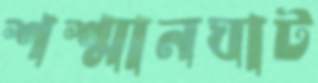
শশ্মানঘাট